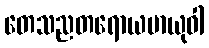
တေသညတရောယမာယုဝါ